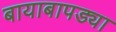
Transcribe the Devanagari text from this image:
बायाबापड्या